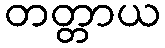
တတ္တာယ